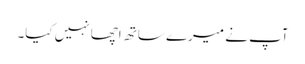
آپ نے میرے ساتھ اچھا نہیں کیا۔